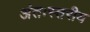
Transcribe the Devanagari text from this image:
अंतःस्तरीय